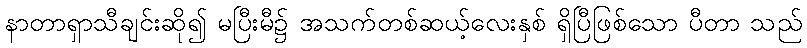
နာတာရှာသီချင်းဆို၍ မပြီးမီ၌ အသက်တစ်ဆယ့်လေးနှစ် ရှိပြီဖြစ်သော ပီတာ သည်